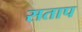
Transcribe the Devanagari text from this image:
सताप